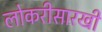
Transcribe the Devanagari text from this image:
लोकरीसारखी